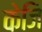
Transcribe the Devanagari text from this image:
केजि